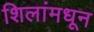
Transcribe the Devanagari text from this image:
शिलांमधून